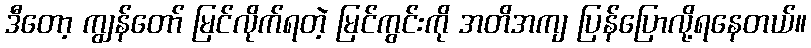
ဒီတော့ ကျွန်တော် မြင်လိုက်ရတဲ့ မြင်ကွင်းကို အတိအကျ ပြန်ပြောလို့ရနေတယ်။